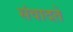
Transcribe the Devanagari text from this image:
संवादते